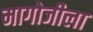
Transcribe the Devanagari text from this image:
मागोजीला